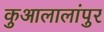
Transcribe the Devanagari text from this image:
कुआलालांपुर